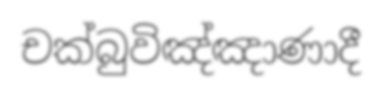
චක්බුවිඤ්ඤාණාදී